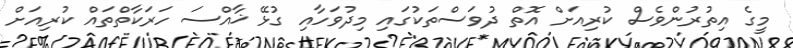
މީގެ އިތުރުންވެސް ކުރިއަށް އޮތް ދުވަސްތަކުގައި މިދުވަހާއި ގުޅޭ ޚާއްސަ ހަރަކާތްތައް ކުރިއަށް